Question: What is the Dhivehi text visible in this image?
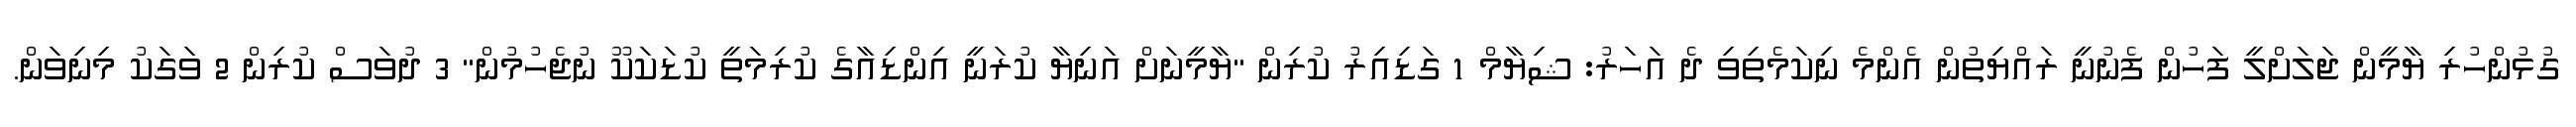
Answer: ގުޅުންހުރި ޔާމީން ޖަލަށްލީ ފަހުން ފެނުނީ ރައްޔިތުން އެންމެ ނިކަމެތިވި ދެ އަހަރު: ޝިޔާމް 1 ގަޑިއިރު ކުރިން "ޔާމީނަށް އަނިޔާ ކުރަނީ އިންޑިއާގެ ކުރިމަތީ ކުޑަކަކޫ ނުޖެހުމުން" 3 ދުވަސް ކުރިން 2 ވަގަކު މިނިވަން.